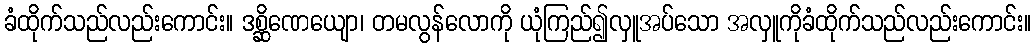
ခံထိုက်သည်လည်းကောင်း။ ဒစ္ဆိဏေယျော၊ တမလွန်လောကို ယုံကြည်၍လှူအပ်သော အလှူကိုခံထိုက်သည်လည်းကောင်း။